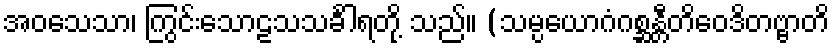
အဝသေသာ၊ ကြွင်းသောဠသသင်္ခါရတို့ သည်။ (သမ္ပယောဂံဂစ္ဆန္တီတိဝေဒိတဗ္ဗာတိ